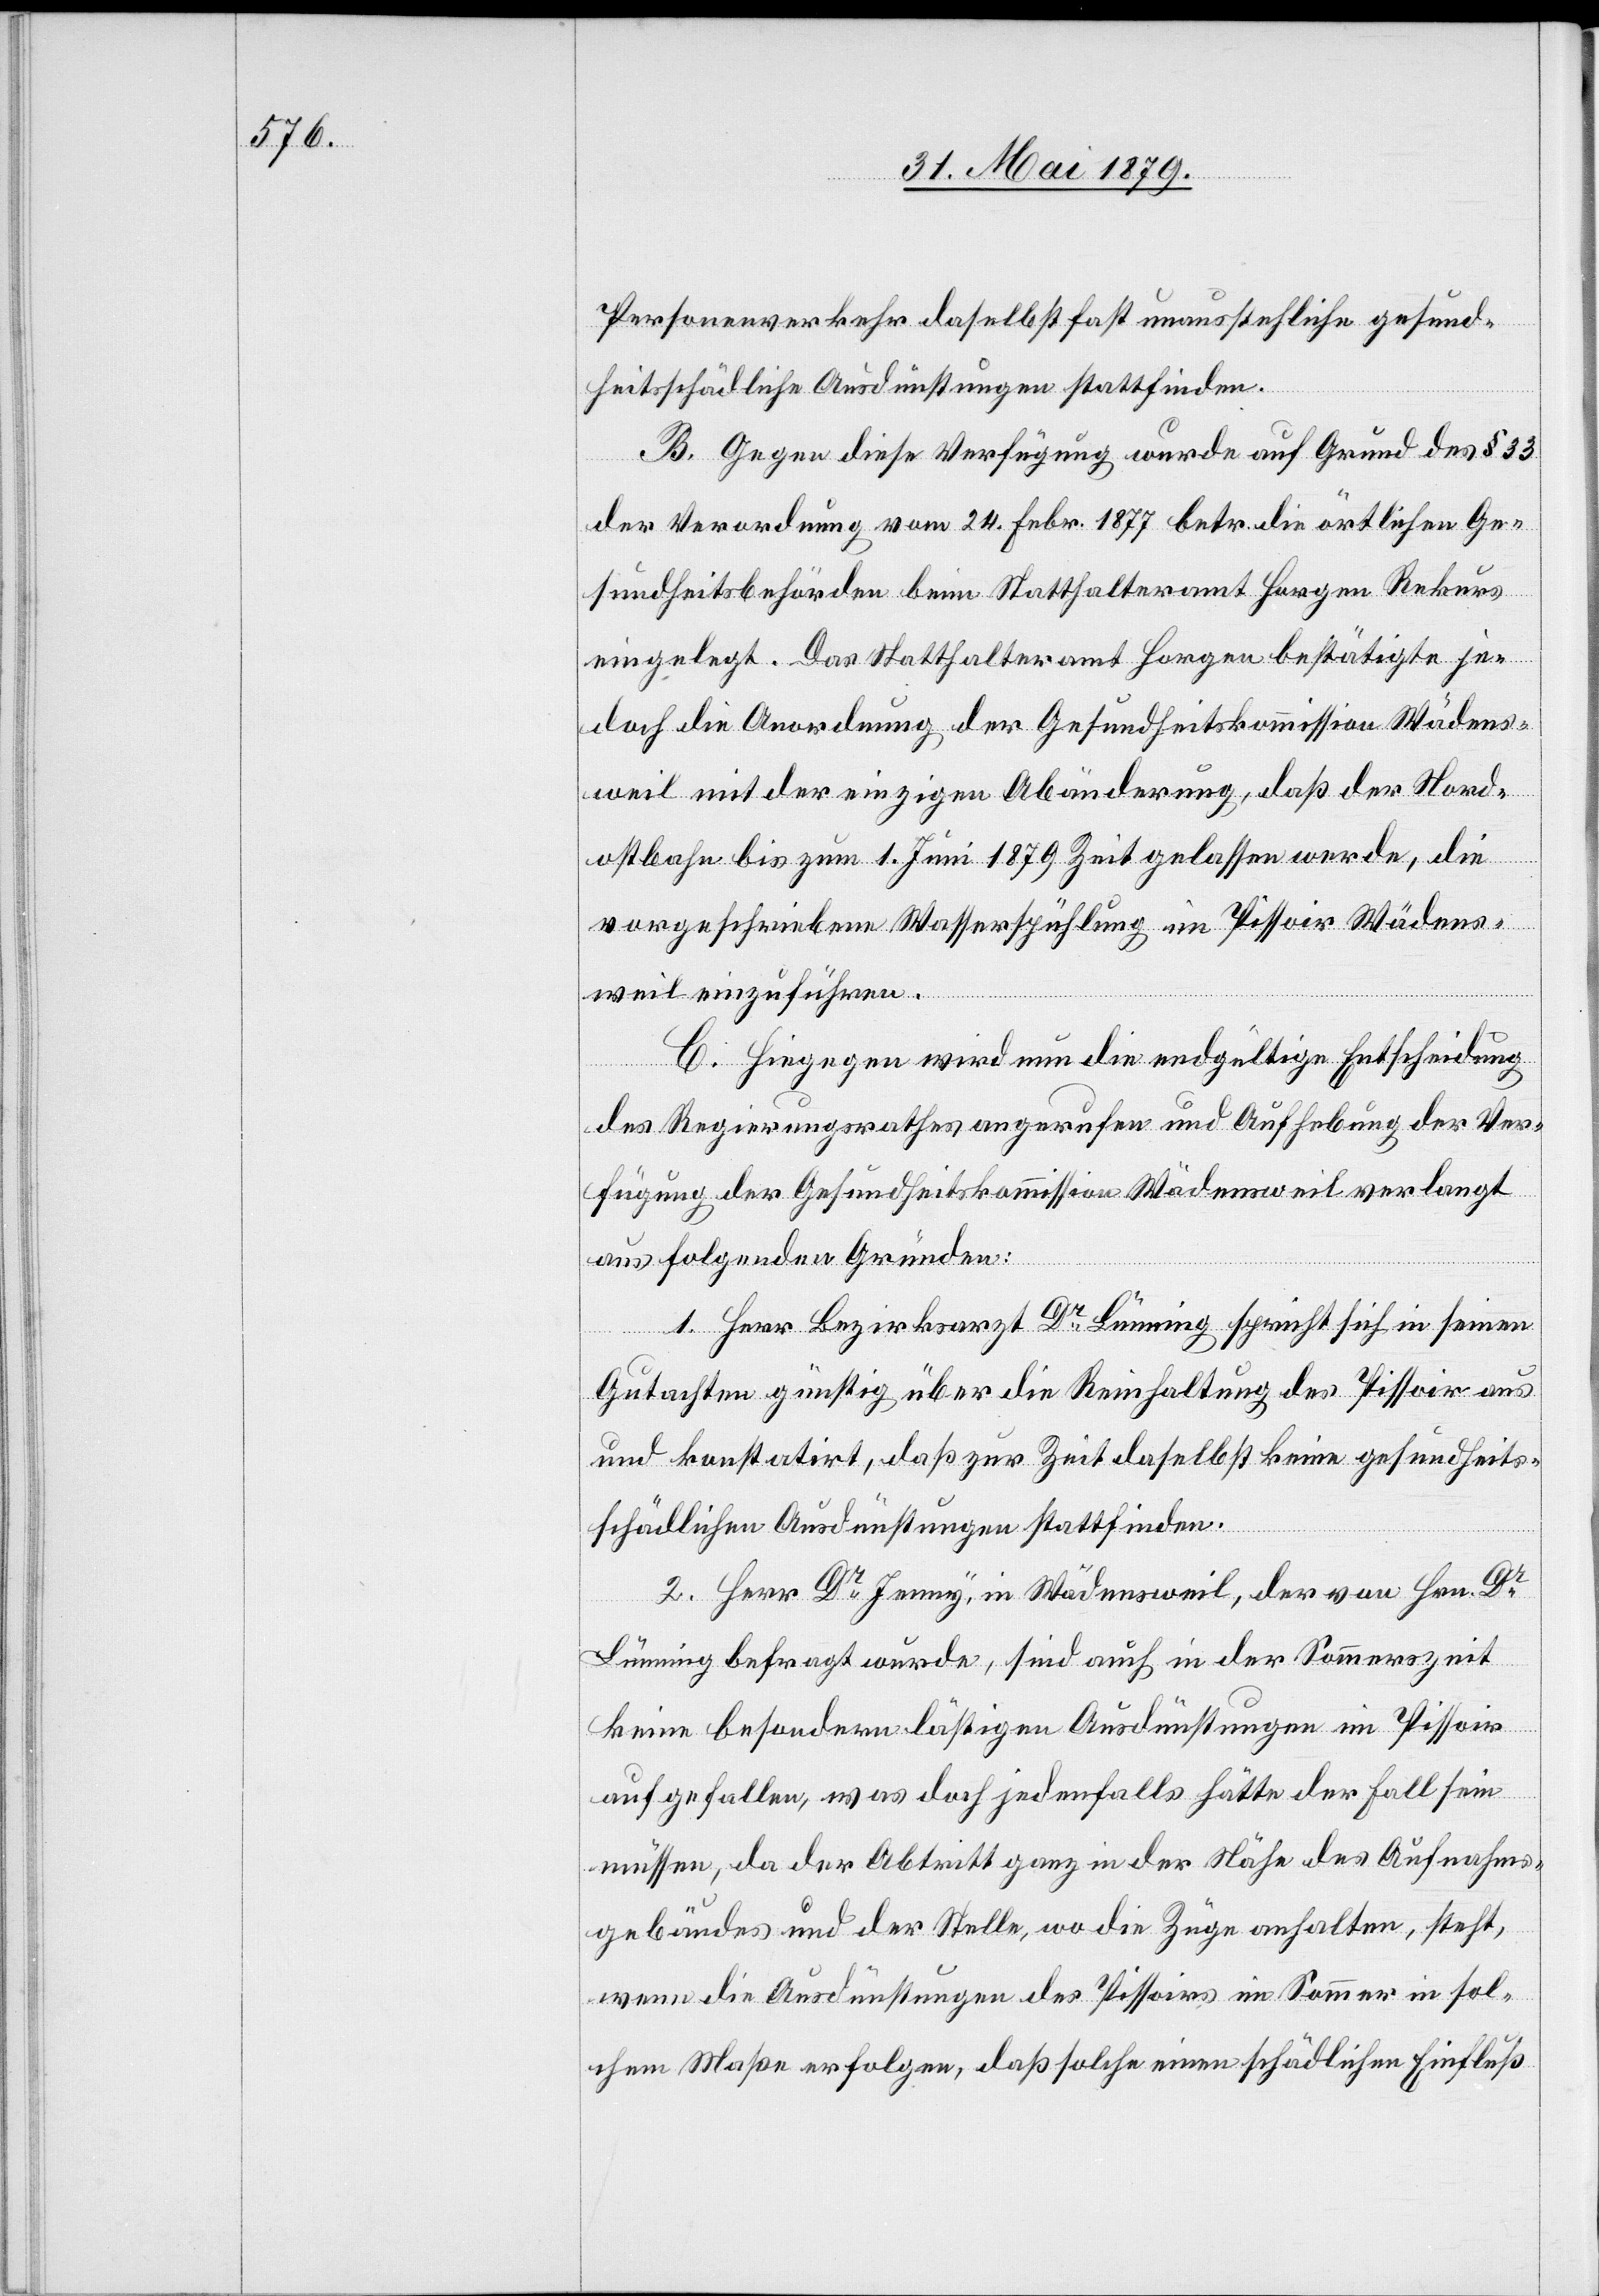
Personenverkehr daselbst fast unausstehliche gesund¬
heitsschädliche Ausdünstungen stattfinden.
B. Gegen diese Verfügung wurde auf Grund des § 33
der Verordnung vom 24. Febr. 1877 betr. die örtlichen Ge¬
sundheitsbehörden beim Statthalteramt Horgen Rekurs
eingelegt. Das Statthalteramt Horgen bestätigte je¬
doch die Anordnung der Gesundheitskommission Wädens¬
weil mit der einzigen Abänderung, daß der Nord¬
ostbahn bis zum 1. Juni 1879 Zeit gelassen werde, die
vorgeschriebene Wasserspühlung im Pissoir Wädens¬
weil einzuführen.
C. Hiegegen wird nun die endgültige Entscheidung
des Regierungsrathes angerufen und Aufhebung der Ver¬
fügung der Gesundheitskommission Wädensweil verlangt
aus folgenden Gründen:
1. Herr Bezirksarzt Dr Lünning spricht sich in seinen
Gutachten günstig über die Reinhaltung des Pissoir aus
und konstatirt, daß zur Zeit daselbst keine gesundheits¬
schädlichen Ausdünstungen stattfinden.
2. Herr Dr Jenny, in Wädensweil, der von Hrn. Dr
Lünning befragt wurde, sind auch in der Sommerszeit
keine besondern lästigen Ausdünstungen im Pissoir
aufgefallen, was doch jedenfalls hätte der Fall sein
müssen, da der Abtritt ganz in der Nähe des Aufnahms¬
gebäudes und der Stelle, wo die Züge anhalten, steht,
wenn die Ausdünstungen des Pissoirs im Sommer in sol¬
chem Maße erfolgen, daß solche einen schädlichen Einfluß